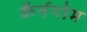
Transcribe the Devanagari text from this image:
कैर्नगोम